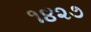
૧૪૨૭